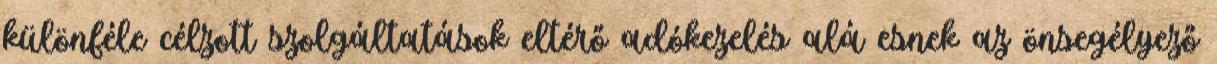
különféle célzott szolgáltatások eltérő adókezelés alá esnek az önsegélyező